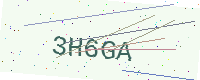
Text: 3H6GA